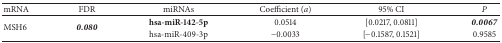
<table><thead><tr><td><b>mRNA</b></td><td><b>FDR</b></td><td><b>miRNAs</b></td><td><b>Coefficient (<i>a</i>)</b></td><td><b>95% CI</b></td><td><b><i>P </i></b></td></tr></thead><tbody><tr><td rowspan="2">MSH6</td><td rowspan="2"><b><i>0.080</i></b></td><td><b>hsa-miR-142-5p</b></td><td>0.0514</td><td>[0.0217, 0.0811]</td><td><b><i>0.0067</i></b></td></tr><tr><td>hsa-miR-409-3p</td><td>−0.0033</td><td>[−0.1587, 0.1521]</td><td>0.9585</td></tr></tbody></table>